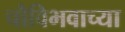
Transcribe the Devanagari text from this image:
चौविभवाच्या